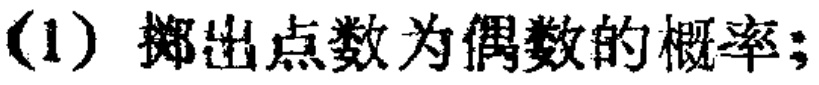
(1) 掷出点数为偶数的概率；